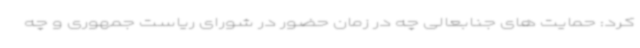
کرد: حمایت های جنابعالی چه در زمان حضور در شورای ریاست جمهوری و چه